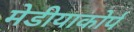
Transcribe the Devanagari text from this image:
मेडीयाकोर्प